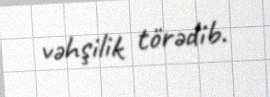
vəhşilik törədib.